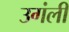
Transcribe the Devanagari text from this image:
उगंली